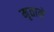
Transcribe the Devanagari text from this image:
मृताने